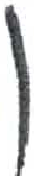
אות: ר